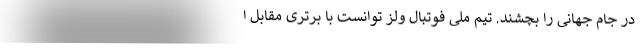
در جام جهانی را بچشند. تیم ملی فوتبال ولز توانست با برتری مقابل ا